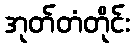
အုတ်တံတိုင်း